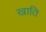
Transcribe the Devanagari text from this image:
खाति